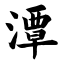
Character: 潭